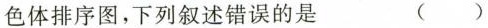
色体排序图，下列叙述错误的是 ( )